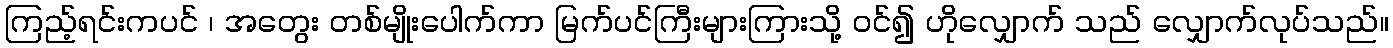
ကြည့်ရင်းကပင် ၊ အတွေး တစ်မျိုးပေါက်ကာ မြက်ပင်ကြီးများကြားသို့ ဝင်၍ ဟိုလျှောက် သည် လျှောက်လုပ်သည်။